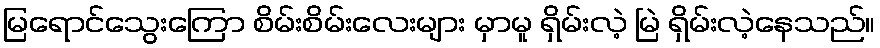
မြရောင်သွေးကြော စိမ်းစိမ်းလေးများ မှာမူ ရှိမ်းလဲ့ မြဲ ရှိမ်းလဲ့နေသည်။